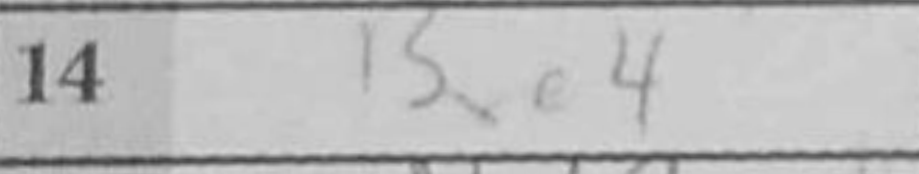
Transcription: Bxe4